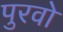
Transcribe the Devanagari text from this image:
पुरवो